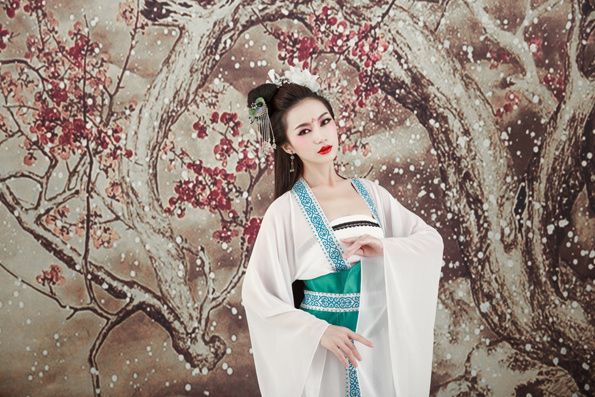
砌下落花风起，罗衣特地春寒。